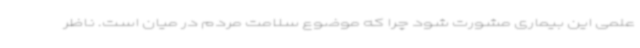
علمی این بیماری مشورت شود چرا که موضوع سلامت مردم در میان است. ناظر